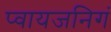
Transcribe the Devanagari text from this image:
प्वायजनिगं